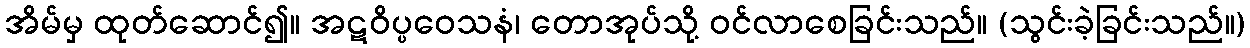
အိမ်မှ ထုတ်ဆောင်၍။ အဋဝိပ္ပဝေသနံ၊ တောအုပ်သို့ ဝင်လာစေခြင်းသည်။ (သွင်းခဲ့ခြင်းသည်။)